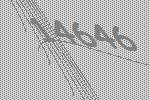
14646